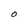
Character: O